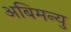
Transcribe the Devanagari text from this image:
अबिमन्यु